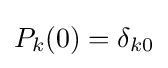
P_{k}(0)=\delta _{k0}